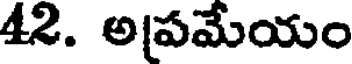
42. అపమేయం